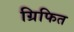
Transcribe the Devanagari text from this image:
ग्रिफित